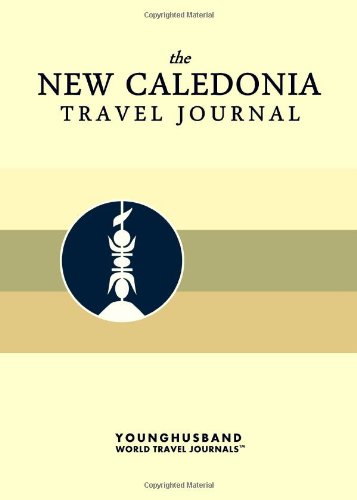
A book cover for The New Caledonia Travel Journal; Younghusband World Travel Journals; Travel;